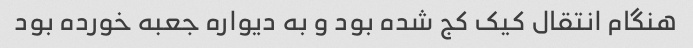
هنگام انتقال کیک کج شده بود و به دیواره جعبه خورده بود